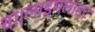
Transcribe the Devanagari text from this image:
था।लाइमलाइट